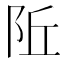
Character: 𬮾